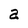
Character: a